Annual administration report of the Civil Veterinary Department of India - 1896-1897
Year: 1896
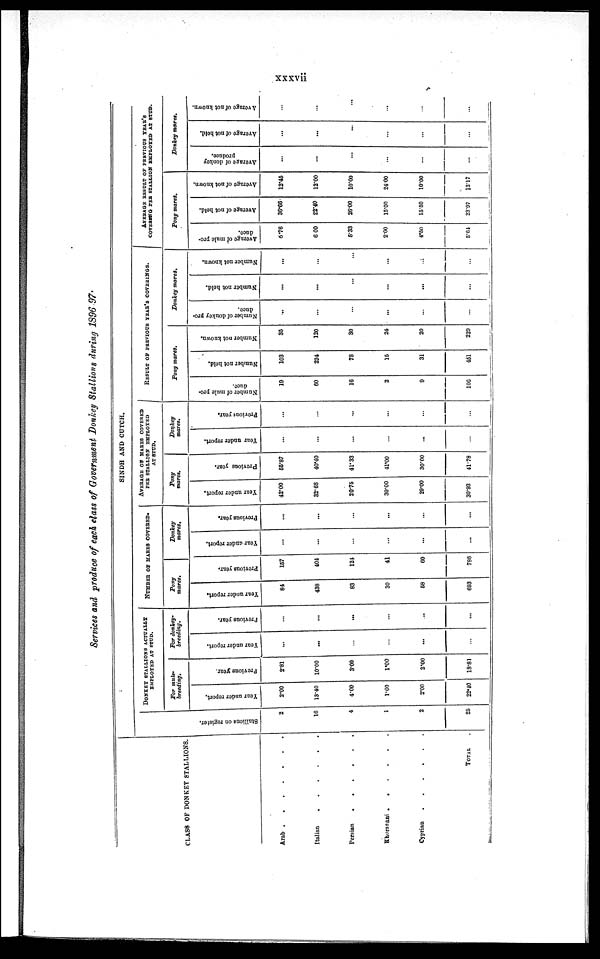
xxxvii
Services and produce of each class of Government Donkey Stallions during 1896-97
CLASS OF DONKEY STALLIONS.
Arab
.
.
.
.
.
.
Italian
.
.
.
.
.
.
Persian
.
.
.
.
.
.
Khorasani
.
.
.
.
.
.
Cyprian
.
.
.
.
.
.
TOTAL
Stallions on register.
2
16
4
1
2
25
DONKEY STALLIONS ACTUALLY EMPLOYED AT STUD.
For mule-
breeding.
Year under report.
2.00
13.40
4.00
1.00
2.00
22.40
Previous year.
2.81
10.00
3.00
1.00
2.00
18.81
For donkey-
breeding.
Year under report.
...
...
...
...
...
...
Previous year.
...
...
...
...
...
...
NUMBER OF MARES COVERED.
Pony
mares.
Year under report.
84
438
83
30
58
693
Previous year.
157
404
124
41
60
786
Donkey
mares.
Year under report.
...
...
...
...
...
...
Previous year.
...
...
...
...
...
...
SINDH AND CUTCH.
AVERAGE OF MARES COVERED
FEB STALLION EMPLOYED
AT STUD.
Pony
mares.
Year under report.
42.00
32.68
20.75
30.00
20.00
30.93
Previous year.
55.87
40.40
41.33
41.00
30.00
41.78
Donkey
mares.
Year under report.
...
...
...
...
...
...
Previous year.
...
...
...
...
...
...
RESULT OF PREVIOUS YEAR'S COVERINGS.
Pony mares.
Number of mule pro-
duce.
19
60
16
2
9
106
Number not held.
103
224
78
15
31
451
Number not known.
35
120
30
24
20
229
Donkey mares.
Number
of donkey pro-
duce.
...
...
...
...
...
...
Number not held.
...
...
...
...
...
...
Number not known.
...
...
...
...
...
...
AVERAGE RESULT OF PREVIOUS YEAR'S
COVERING PER STALLION EMPLOYED AT STUD.
Pony mares.
Average of mule pro-
duce.
6.76
6 00
5.33
2.00
4.50
5.64
Average of not held.
36.66
22.40
26.00
15.00
15.50
23.97
Average of not known.
12.45
12.00
10.00
24.00
10.00
12.17
Donkey mares.
Average of donkey
produce.
...
...
...
...
...
...
Average of not held.
...
...
...
...
...
...
Average of not known.
...
...
...
...
...
...